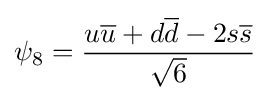
\psi _{8}={\frac {u{\overline {u}}+d{\overline {d}}-2s{\overline {s}}}{\sqrt {6}}}